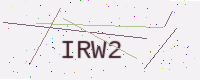
Text: IRW2